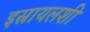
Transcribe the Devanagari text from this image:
इस्रायलशी